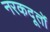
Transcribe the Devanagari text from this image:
नरकदूतों